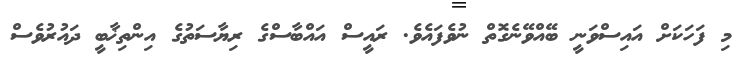
މި ފަހަކަށް އައިސްވަނީ ބޭއްވޭނެގޮތް ނުވެފައެވެ. ރައީސް އައްބާސްގެ ރިޔާސަތުގެ އިންތިޚާބީ ދައުރުވެސް